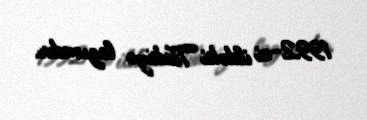
1992-ci ildəki Türkiyə lazımdır.